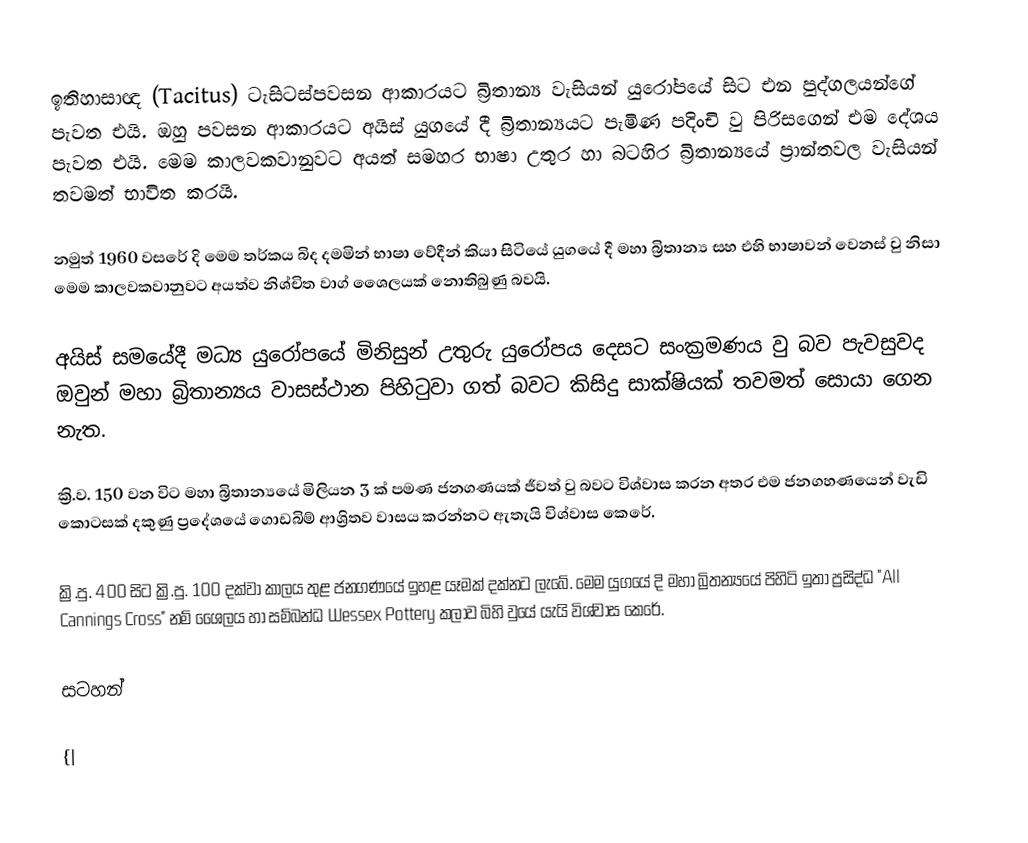
ඉතිහාසාඥ (Tacitus) ටැසිටස්පවසන ආකාරයට බ්‍රිතාන්‍ය වැසියන් යුරෝපයේ සිට එන පුද්ගලයන්ගේ පැවත එයි. ඔහු පවසන ආකාරයට අයිස් යුගයේ දී බ්‍රිතාන්‍යයට පැමිණ පදිංචි වු පිරිසගෙන් එම දේශය පැවත එයි. මෙම කාලවකවානුවට අයත් සමහර භාෂා උතුර හා බටහිර බ්‍රිතාන්‍යයේ ප්‍රාන්තවල වැසියන් තවමත් භාවිත කරයි.

නමුත් 1960 වසරේ දි මෙම තර්කය බිද දමමින් භාෂා වේදීන් කියා සිටියේ යුගයේ දී මහා බ්‍රිතාන්‍ය සහ එහි භාෂාවන් වෙනස් වු නිසා මෙම කාලවකවානුවට අයත්ව නිශ්චිත වාග් ශෛලයක් නොතිබුණු බවයි.

අයිස් සමයේදී මධ්‍ය යුරෝපයේ මිනිසුන් උතුරු යුරෝපය දෙසට සංක්‍රමණය වු බව පැවසුවද ඔවුන් මහා බ්‍රිතාන්‍යය වාසස්ථාන පිහිටුවා ගත් බවට කිසිදු සාක්ෂියක් තවමත් සොයා ගෙන නැත.

ක්‍රි.ව. 150 වන විට මහා බ්‍රිතාන්‍යයේ මිලියන 3 ක් පමණ ජනගණයක් ජීවත් වු බවට විශ්වාස කරන අතර එම ජනගහණයෙන් වැඩි කොටසක් දකුණු ‍ප්‍රදේශයේ ගොඩබිම් ආශ්‍රිතව වාසය කරන්නට ඇතැයි විශ්වාස කෙරේ.

ක්‍රි.පු. 400 සිට ක්‍රි.පු. 100 දක්වා කාලය තුළ ජනගණයේ ඉහළ යෑමක් දක්නට ලැබේ. මෙම යුගයේ දි මහා බ්‍රිතන්‍යයේ පිහිටි ඉතා ප්‍රසිද්ධ "All Cannings Cross" නම් ශෛලය හා සම්බන්ධ Wessex Pottery කලාව බිහි වුයේ යැයි විශ්වාස කෙරේ.

සටහන්

{|